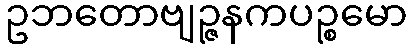
ဥဘတောဗျဉ္ဇနကပဉ္စမော